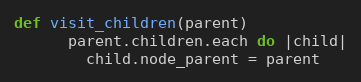
Language: Ruby
def visit_children(parent)
      parent.children.each do |child|
        child.node_parent = parent